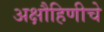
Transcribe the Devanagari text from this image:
अक्षौहिणीचे